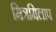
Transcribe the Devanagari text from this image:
मित्रमिलाप